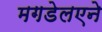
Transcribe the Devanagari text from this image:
मगडेलएने